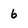
Character: 6